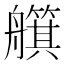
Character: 𦪵